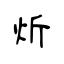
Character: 炘